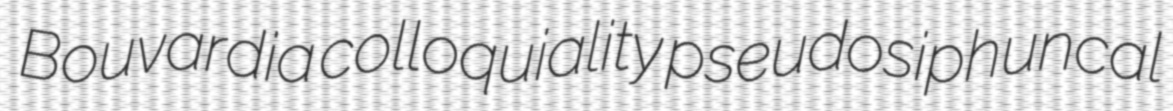
Bouvardia colloquiality pseudosiphuncal